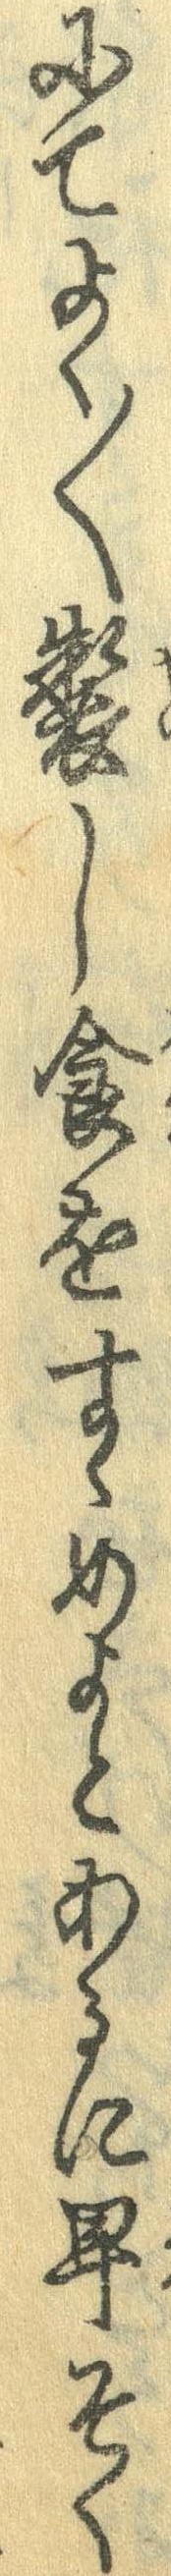
にてよく〱製し食をすゝめよとあるに早そく